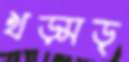
খড়্‌মড়্‌